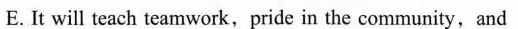
E.It will teach teamwork,pride in the community,and